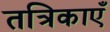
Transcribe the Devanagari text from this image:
तत्रिकाएँ